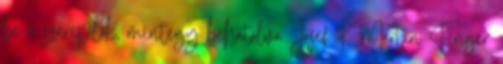
be a szereplők, mintegy behatolva Josef K. Martin Finger